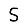
Digit: 5